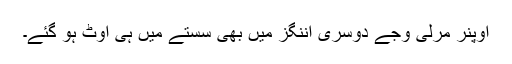
اوپنر مرلی وجے دوسری اننگز میں بھی سستے میں ہی آؤٹ ہو گئے۔